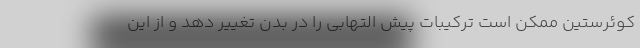
کوئرستین ممکن است ترکیبات پیش التهابی را در بدن تغییر دهد و از این